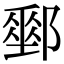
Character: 𨞄